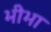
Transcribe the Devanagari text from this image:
भीभा